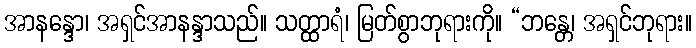
အာနန္ဒော၊ အရှင်အာနန္ဒာသည်။ သတ္ထာရံ၊ မြတ်စွာဘုရားကို။ “ဘန္တေ၊ အရှင်ဘုရား။